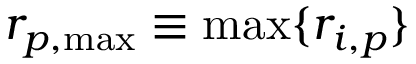
r _ { p , \mathrm { { m a x } } } \equiv \operatorname* { m a x } \{ r _ { i , p } \}